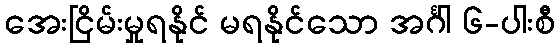
အေးငြိမ်းမှုရနိုင် မရနိုင်သော အင်္ဂါ ၆-ပါးစီ